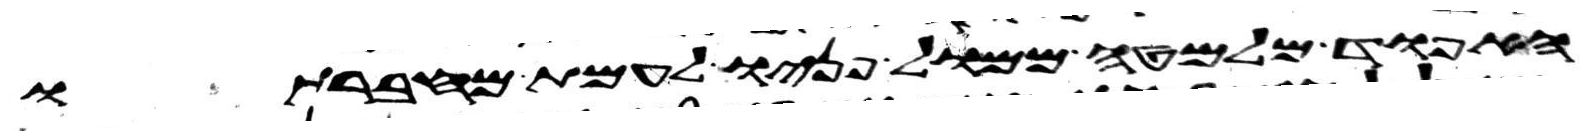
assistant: האפוד מלמטה ממול פניו לעמת מחברתו